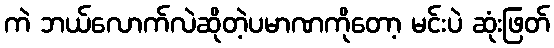
ကဲ ဘယ်လောက်လဲဆိုတဲ့ပမာဏကိုတော့ မင်းပဲ ဆုံးဖြတ်